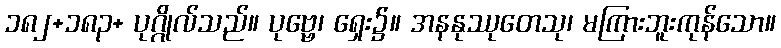
၁၈၂+၁၈၃+ ပုဂ္ဂိုလ်သည်။ ပုဗ္ဗေ၊ ရှေး၌။ အနနုဿုတေသု၊ မကြားဘူးကုန်သော။